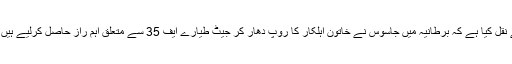
مہر خبررساں ایجنسی نے رائٹرز کے حوالے سے نقل کیا ہے کہ برطانیہ میں جاسوس نے خاتون اہلکار کا روپ دھار کر جیٹ طیارے ایف 35 سے متعلق اہم راز حاصل کرلیے ہیں جاسوس کا تعلق چین یا روس سے بتایا جارہا ہے۔